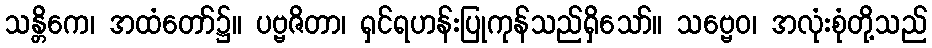
သန္တိကေ၊ အထံတော်၌။ ပဗ္ဗဇိတာ၊ ရှင်ရဟန်းပြုကုန်သည်ရှိသော်။ သဗ္ဗေဝ၊ အလုံးစုံတို့သည်